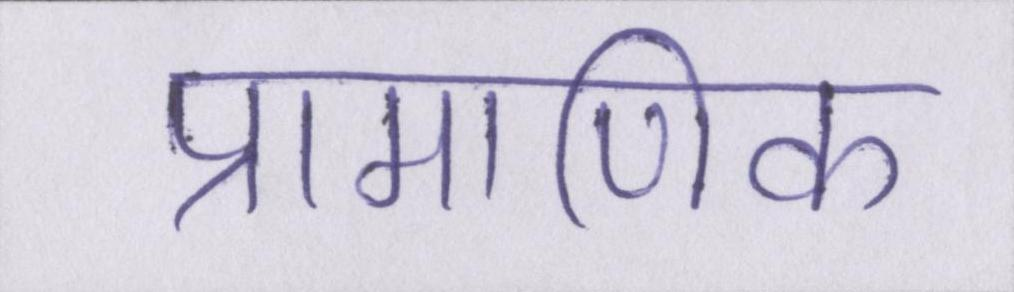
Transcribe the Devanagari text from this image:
प्रामाणिक